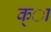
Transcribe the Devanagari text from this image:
क्ा